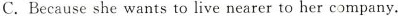
C.Because she wants to live nearer to her company.